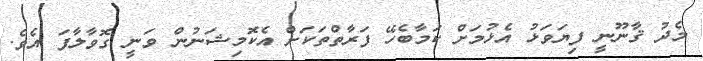
މެދު ޤާނޫނީ ފިޔަވަޅު އެޅުމަށް ކަމާބެހޭ ފަރާތްތަކަށް އެކޮމިޝަނުން ވަނީ ގޮވާލާފަ އެވެ.